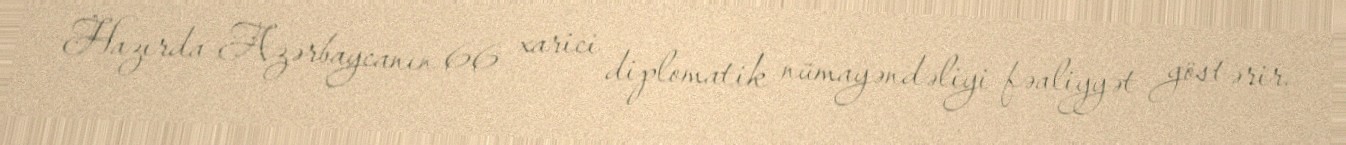
Hazırda Azərbaycanın 66 xarici diplomatik nümayəndəliyi fəaliyyət göstərir.